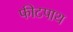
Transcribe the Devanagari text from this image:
फीटपाथ